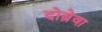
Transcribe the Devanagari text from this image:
दोब्रेवा